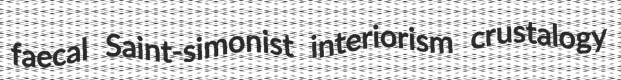
faecal Saint-simonist interiorism crustalogy